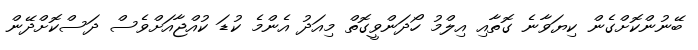
ބޭނުންކޮށްގެން ކިޔަވާނެ ގޮތާއި އިލްމު ހޯދަންވީގޮތް މިއަދު އެންމެ ކުޑަ ކުއްޖާއަށްވެސް ދަސްކޮށްދޭން